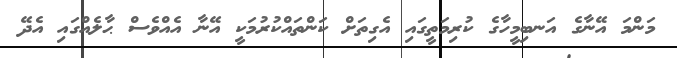
މަންމަ އޭނާގެ އަނބިމީހާގެ ކުރިމަތީގައި އެގިތަށް ކަންތައްކުރުމަކީ އޭނާ އެއްވެސް ޙާލެއްގައި އެދޭ